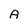
Character: A